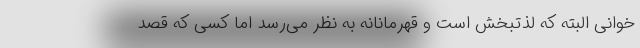
‌خوانی البته که لذتبخش است و قهرمانانه به نظر می‌رسد اما کسی که قصد